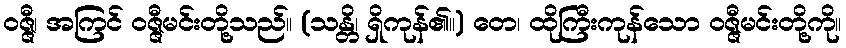
ဝဇ္ဇီ၊ အကြင် ဝဇ္ဇီမင်းတို့သည်။ (သန္တိ၊ ရှိကုန်၏။) တေ၊ ထိုကြီးကုန်သော ဝဇ္ဇီမင်းတို့ကို။